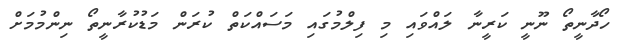
ހޯދާނީތޯ ނޫނީ ކަރީނާ ލައްވައި މި ފިލްމުގައި މަސައްކަތް ކުރަން މަޑުކުރާނީތޯ ނިންމުމަށް